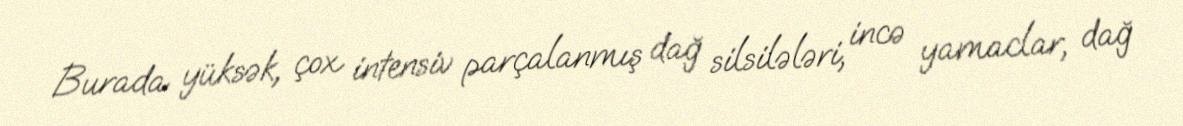
Burada yüksək, çox intensiv parçalanmış dağ silsilələri, incə yamaclar, dağ